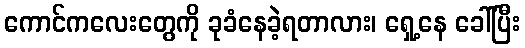
ကောင်ကလေးတွေကို ခုခံနေခဲ့ရတာလား၊ ရှေ့နေ ခေါ်ပြီး